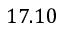
1 7 . 1 0